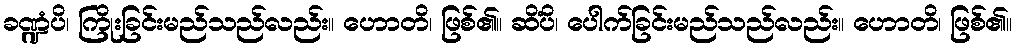
ခဏ္ဍံပိ၊ ကြိုးခြင်းမည်သည်လည်း။ ဟောတိ၊ ဖြစ်၏။ ဆိံပိ၊ ပေါက်ခြင်းမည်သည်လည်း။ ဟောတိ၊ ဖြစ်၏။